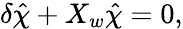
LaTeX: \delta\hat{\chi}+X_{w}\hat{\chi}=0,